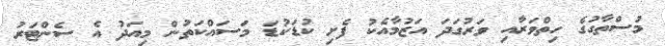
މުސްތާގުގެ ހިތްވަރާއި ވަރުގަދަ އަޒުމާއެކު ފެށި ކުޑަކުޑަ މަސައްކަތުން މިއަދު އެ ސެންޓަރު